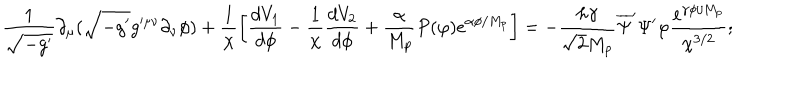
\frac { 1 } { \sqrt { - g ^ { \prime } } } \partial _ { \mu } ( \sqrt { - g ^ { \prime } } g ^ { \prime \mu \nu } \partial _ { \nu } \phi ) + \frac { 1 } { \chi } \left[ \frac { d V _ { 1 } } { d \phi } - \frac { 1 } { \chi } \frac { d V _ { 2 } } { d \phi } + \frac { \alpha } { M _ { p } } P ( \varphi ) e ^ { \alpha \phi / M _ { p } } \right] = - \frac { h \gamma } { \sqrt { 2 } M _ { p } } \overline { { { \Psi } } } ^ { \prime } \Psi ^ { \prime } \varphi \frac { e ^ { \gamma \phi / M _ { p } } } { \chi ^ { 3 / 2 } } ;